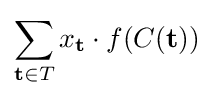
\sum _{\mathbf {t} \in T}x_{\mathbf {t} }\cdot f(C(\mathbf {t} ))